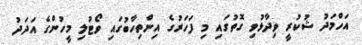
އަހްމަދު ޝުކުރީ ވިދާޅުވި ގޮތުގައި މި ފަހަރުގެ އިންތިހާބުގައި ވޯޓުލި މީހުންގެ އަދަދު